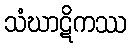
သံဃာဋိကဿ